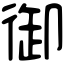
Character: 御